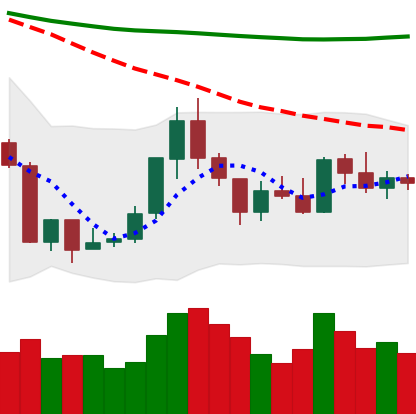
Ticker: ETH-USD
Chart end date: 2018-07-28
Forward return: -11.625%
Label: down_7plus